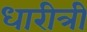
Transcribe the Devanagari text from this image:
धारीत्री